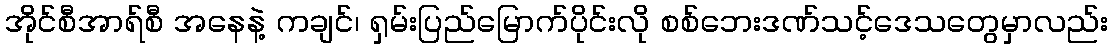
အိုင်စီအာရ်စီ အနေနဲ့ ကချင်၊ ရှမ်းပြည်မြောက်ပိုင်းလို စစ်ဘေးဒဏ်သင့်ဒေသတွေမှာလည်း